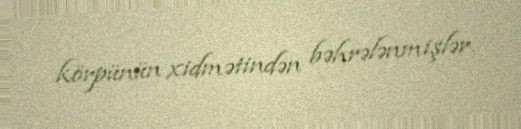
körpünün xidmətindən bəhrələnmişlər.